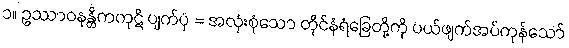
၁။ ဥဿာဝနန္တိကကုဋိ ပျက်ပုံ = အလုံးစုံသော တိုင်နံရံခြေတို့ကို ပယ်ဖျက်အပ်ကုန်သော်